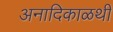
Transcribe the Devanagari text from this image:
अनादिकाळथी